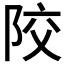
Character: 𨹍